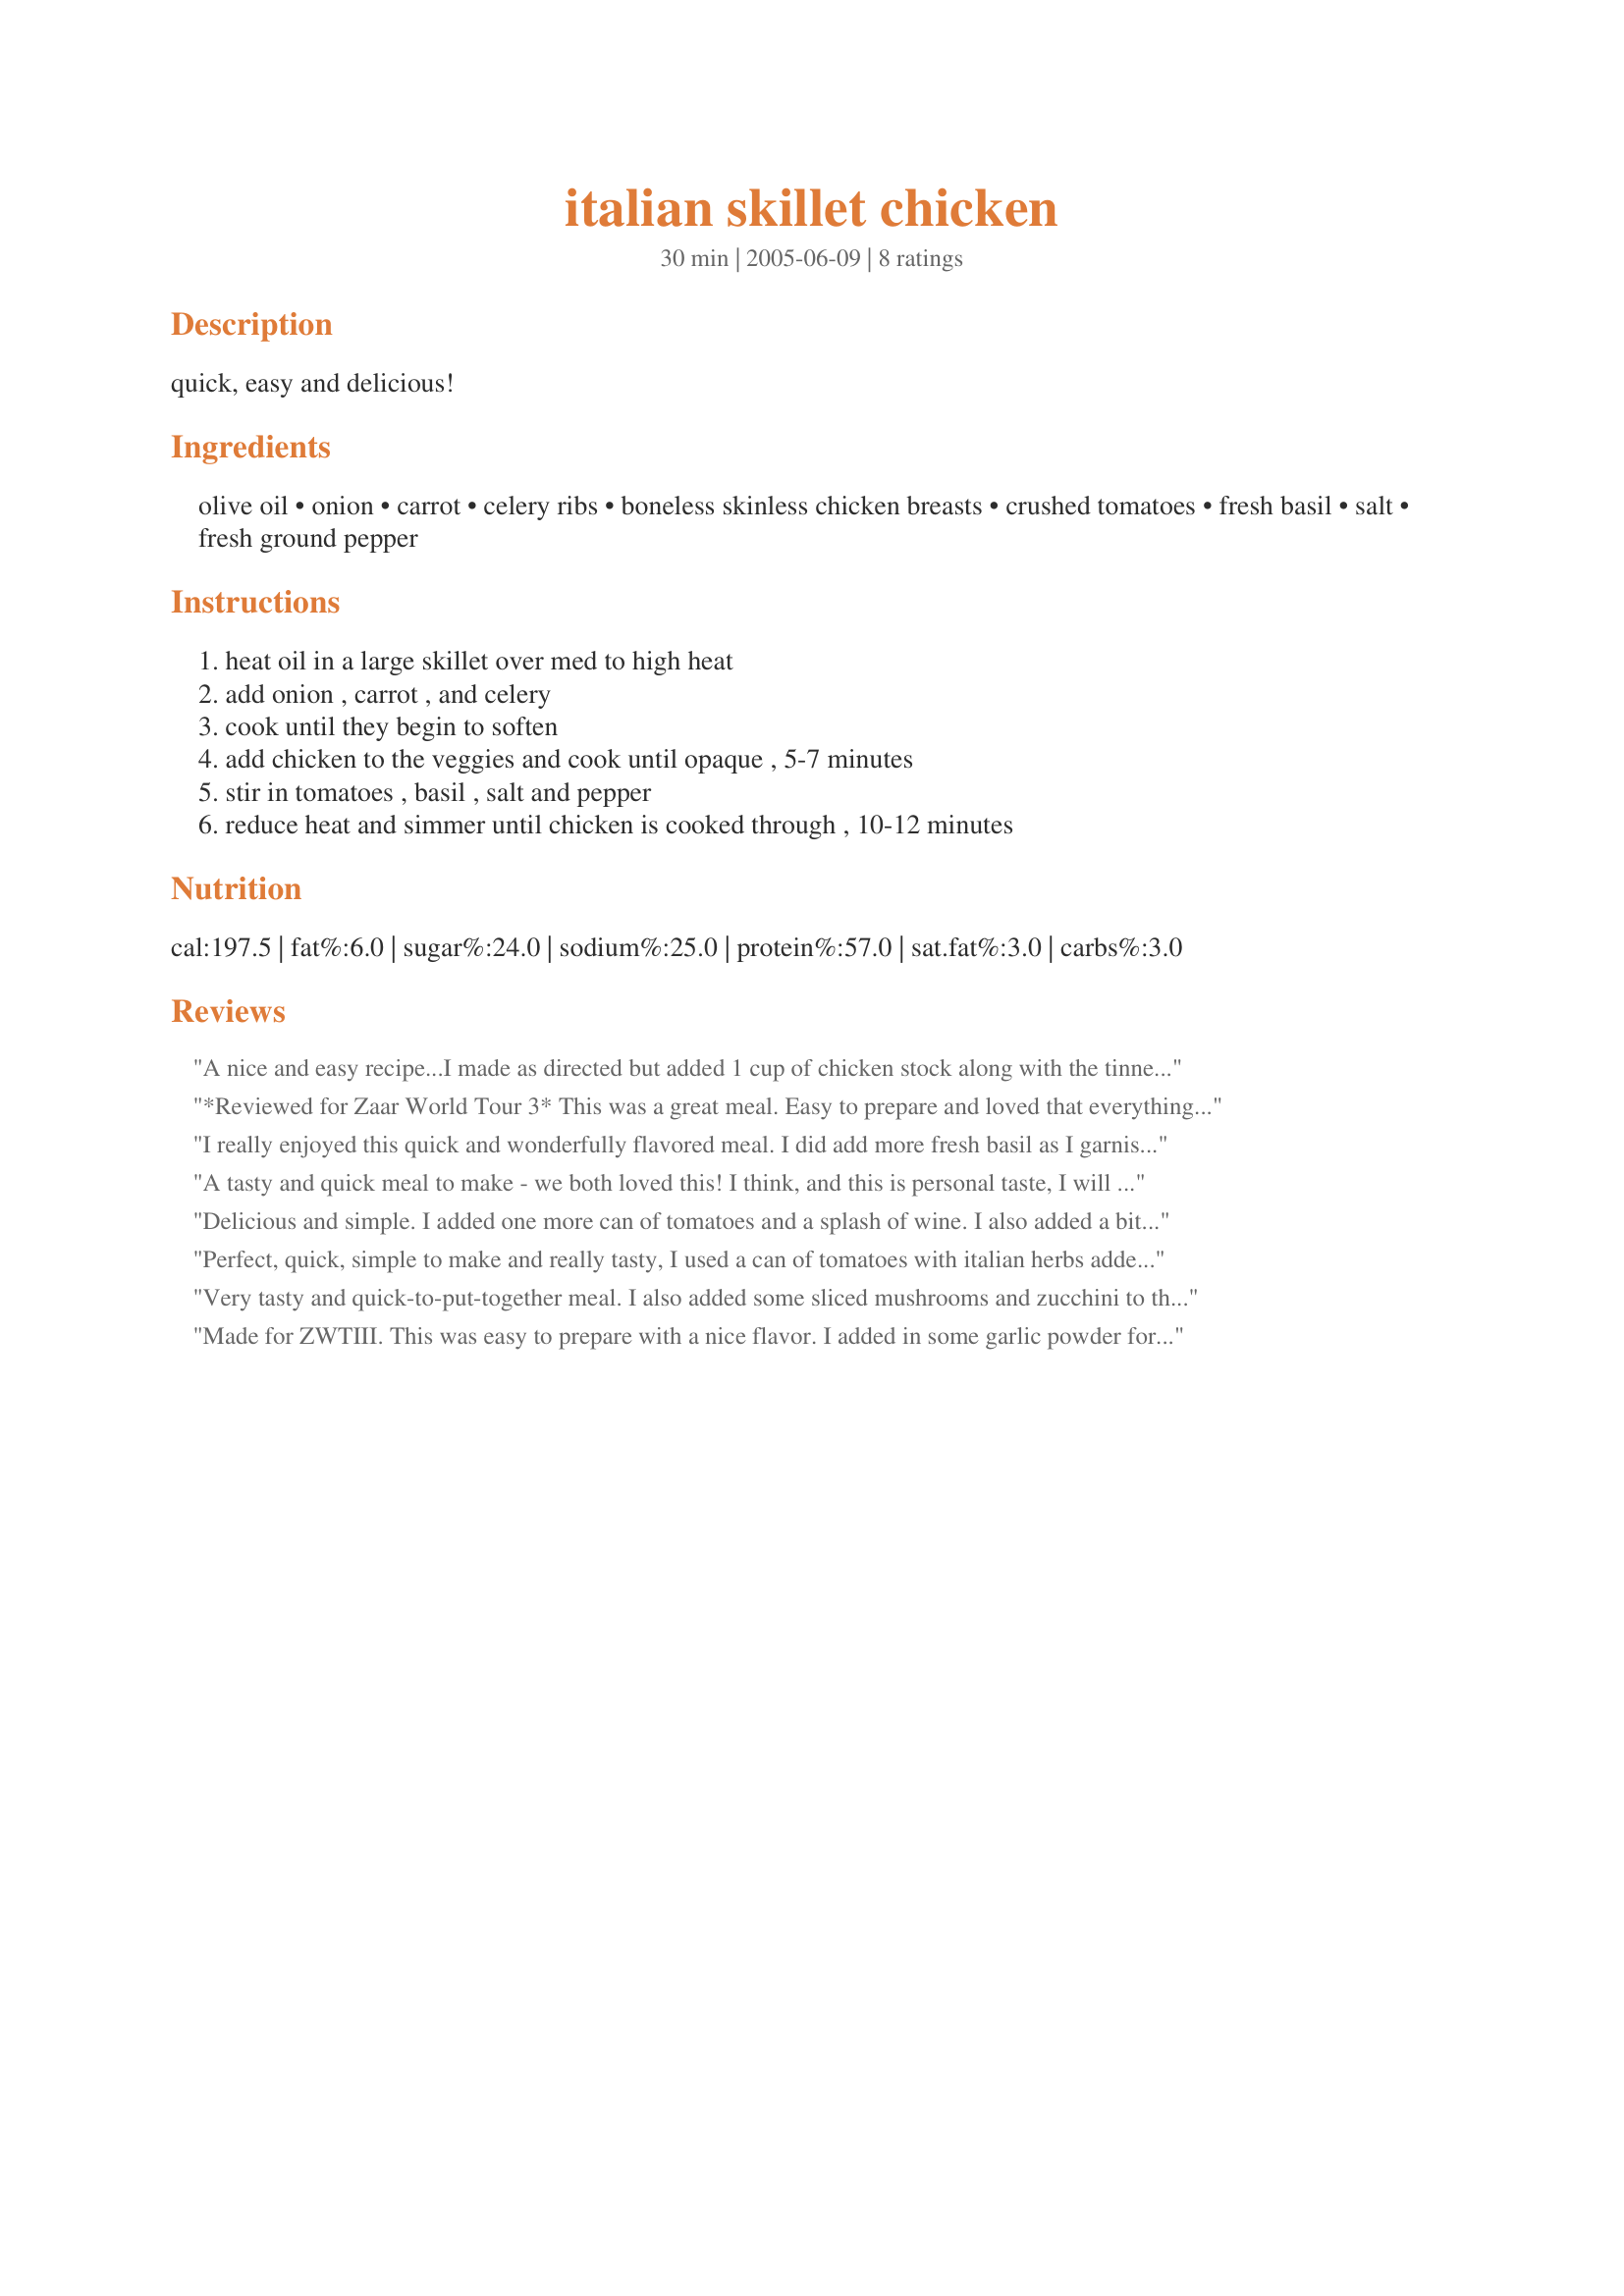
italian skillet chicken
Preparation time: 30 minutes

quick, easy and delicious!

Ingredients:
olive oil, onion, carrot, celery ribs, boneless skinless chicken breasts, crushed tomatoes, fresh basil, salt, fresh ground pepper

Steps:
heat oil in a large skillet over med to high heat, add onion , carrot , and celery, cook until they begin to soften, add chicken to the veggies and cook until opaque , 5-7 minutes, stir in tomatoes , basil , salt and pepper, reduce heat and simmer until chicken is cooked through , 10-12 minutes

Reviews:
A nice and easy recipe...I made as directed but added 1 cup of chicken stock along with the tinned tomatoes and heaps more basil. Served with Recipe #145147, peas & Recipe #159392 it made for a wonderful meal. Reviewed for ZWT3
*Reviewed for Zaar World Tour 3* This was a great meal. Easy to prepare and loved that everything-the chicken and veges were all cooked together. The chicken was so tender. For me a gluten-free meal served with rice macaroni and cannellini beans. Photo also being posted. This recipe is a keeper.
I really enjoyed this quick and wonderfully flavored meal. I did add more fresh basil as I garnished the plate with it, and I would definitely do that again. Great Low Calorie and Low Fat meal that doesn't taste like diet food!! Lovely! *Zaar World Tour 3*
A tasty and quick meal to make - we both loved this! I think, and this is personal taste, I will omit the celery next time, everything else worked extremely well though! I used chicken pieces instead of breasts, and they cooked beautifully, although I did adjust the cooking time and add them first to brown. An easy lunch time meal - thanks! Made for ZWT3.
Delicious and simple. I added one more can of tomatoes and a splash of wine. I also added a bit of heat with some crushed red pepper. Thanks for posting!
Perfect, quick, simple to make and really tasty, I used a can of tomatoes with italian herbs added as well as the fresh basil - will definitely make again, thanks Lacy!
Very tasty and quick-to-put-together meal. I also added some sliced mushrooms and zucchini to the veggie/tomato mixture to up the veggie count. Served with rice and we all really liked it.
Made for ZWTIII. This was easy to prepare with a nice flavor. I added in some garlic powder for additional taste.
